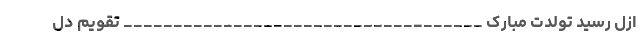
ازل رسید تولدت مبارک ____________________________________ تقویم دل